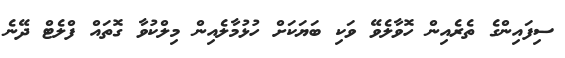
ސިފައިންގެ ތެރެއިން ހޮވާލެވޭ ވަކި ބަޔަކަށް ހުޅުމާލެއިން މިލްކުވާ ގޮތައް ފްލެޓް ދޭނެ